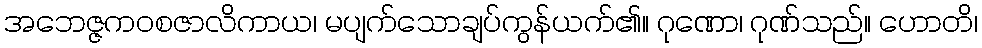
အဘေဇ္ဇကဝစဇာလိကာယ၊ မပျက်သောချပ်ကွန်ယက်၏။ ဂုဏော၊ ဂုဏ်သည်။ ဟောတိ၊